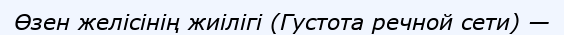
Өзен желісінің жиілігі (Густота речной сети) —